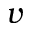
\boldsymbol { v }